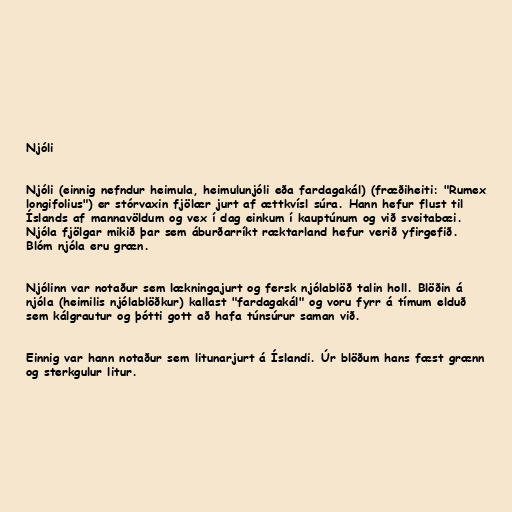
Njóli

Njóli (einnig nefndur heimula, heimulunjóli eða fardagakál) (fræðiheiti: "Rumex
longifolius") er stórvaxin fjölær jurt af ættkvísl súra. Hann hefur flust til
Íslands af mannavöldum og vex í dag einkum í kauptúnum og við sveitabæi.
Njóla fjölgar mikið þar sem áburðarríkt ræktarland hefur verið yfirgefið.
Blóm njóla eru græn.

Njólinn var notaður sem lækningajurt og fersk njólablöð talin holl. Blöðin á
njóla (heimilis njólablöðkur) kallast "fardagakál" og voru fyrr á tímum elduð
sem kálgrautur og þótti gott að hafa túnsúrur saman við.

Einnig var hann notaður sem litunarjurt á Íslandi. Úr blöðum hans fæst grænn
og sterkgulur litur.